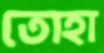
তোহা